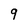
Character: 9